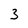
Character: 3